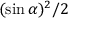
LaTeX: ( \sin \alpha ) ^ { 2 } / 2